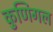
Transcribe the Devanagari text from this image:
कुणिगल